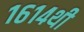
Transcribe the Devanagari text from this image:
१६१४थी